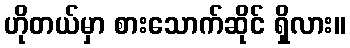
ဟိုတယ်မှာ စားသောက်ဆိုင် ရှိလား။